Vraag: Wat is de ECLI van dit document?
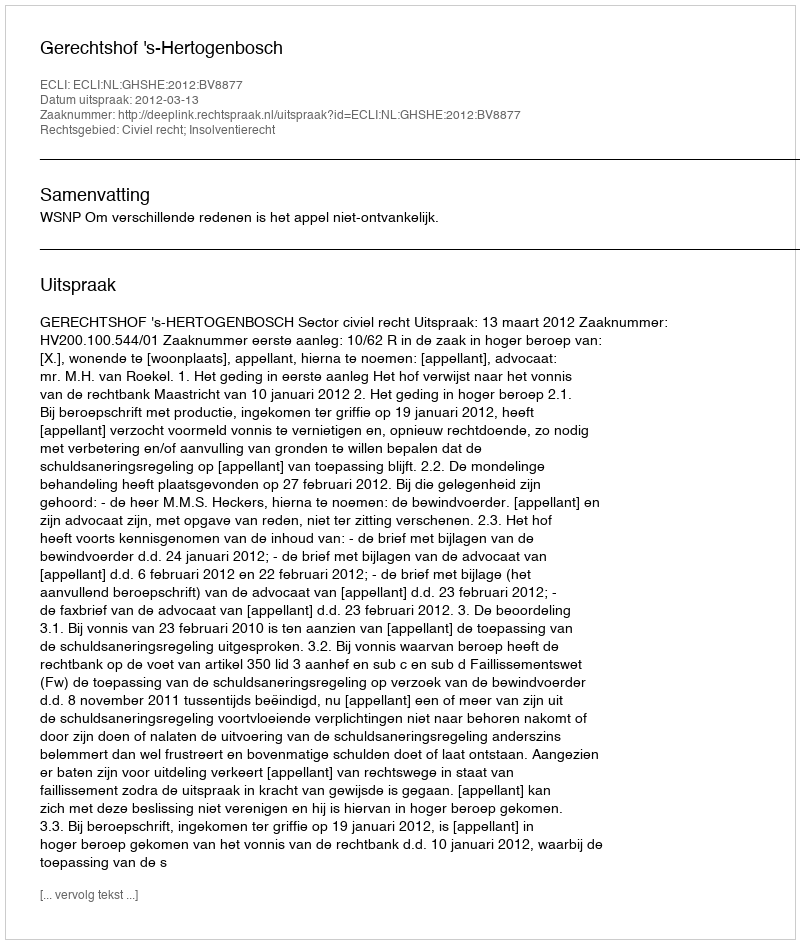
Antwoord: ECLI:NL:GHSHE:2012:BV8877